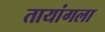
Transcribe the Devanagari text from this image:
तायांगला